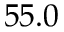
5 5 . 0